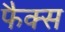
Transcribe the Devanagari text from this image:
फैक्‍स